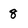
Character: 8